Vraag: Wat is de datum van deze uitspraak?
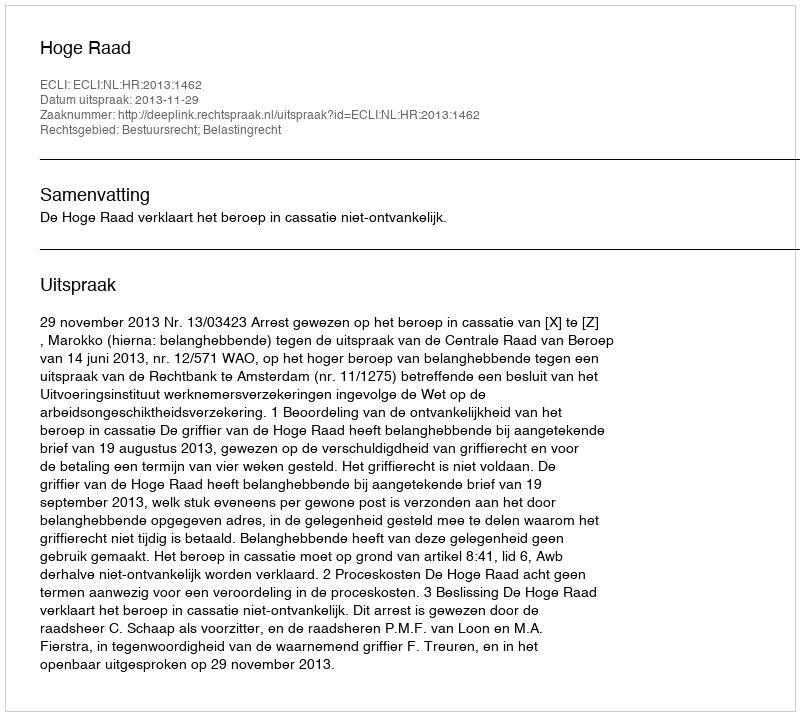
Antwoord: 2013-11-29